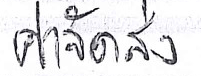
ค่าจัดส่ง